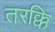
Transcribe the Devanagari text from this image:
तरक्कि